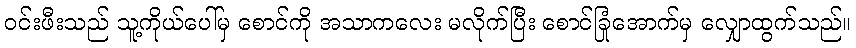
ဝင်းဖီးသည် သူ့ကိုယ်ပေါ်မှ စောင်ကို အသာကလေး မလိုက်ပြီး စောင်ခြုံအောက်မှ လျှောထွက်သည်။